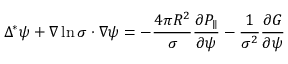
\Delta ^ { * } \psi + \boldsymbol { \nabla } \ln \sigma \cdot \boldsymbol { \nabla } \psi = - \frac { 4 \pi R ^ { 2 } } { \sigma } \frac { \partial P _ { \parallel } } { \partial \psi } - \frac { 1 } { \sigma ^ { 2 } } \frac { \partial G } { \partial \psi }